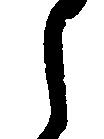
之